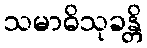
သမာဓိသုခန္တိ